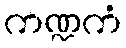
ကဏ္ဍကံ